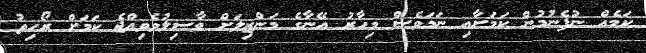
ކަމެއް ނުފެނުމުން ކަމަށާއި ނަމަވެސް މިހާރު އޭނާގެ މަންޒިލަށް ވާސިލުވެވިއްޖެ ކަމަށް ރޯހިތު